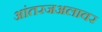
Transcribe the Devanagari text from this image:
आंतरजअलावर